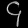
Digit: ၄